Lunatic asylums Central Provinces reports 1874-1885 - 1874-1885
Year: 1874
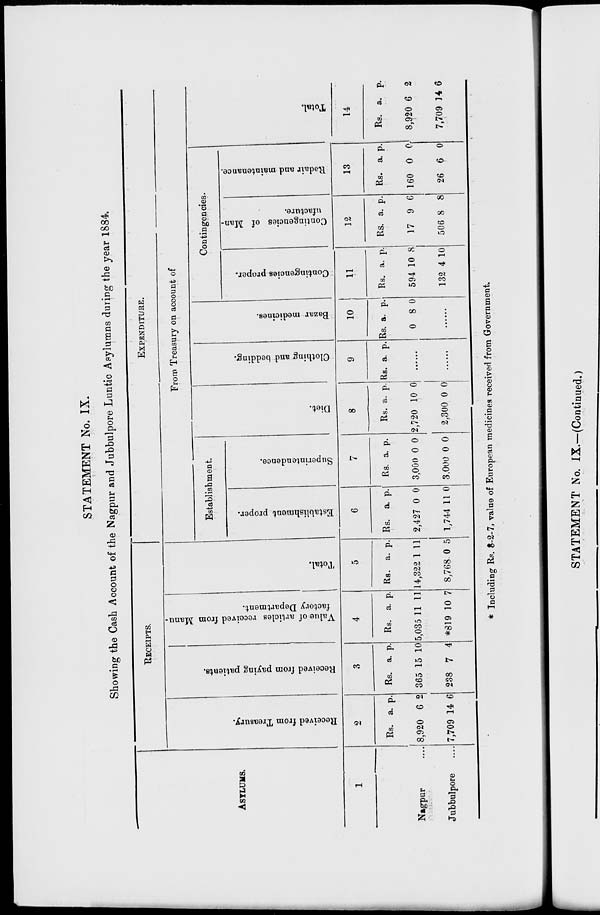
STATEMENT No. IX.
Showing the Cash Account of the Nagpur and Jubbulpore Luntic Asylumns during the year 1884.
ASYLUMS.
1
Nagpur ...
Jubbulpore ...
RECEIPTS.
Received from Treasury.
2
Rs.
8,920
7,709
a.
6
14
p.
2
6
Received from paying patients.
3
Rs.
365
238
a.
15
7
p.
10
4
Value of articles received from Manu-
factory Department.
4
Rs.
5,035
*819
a.
11
10
p.
11
7
Total.
5
Rs.
14,322
8,768
a.
1
0
p.
11
5
EXPENDITURE.
From Treasury on account of
Establishment.
Establishment proper.
6
Rs.
2,427
1,744
a.
0
11
p.
0
0
Superintendence.
7
Rs.
3,000
3,000
a.
0
0
p.
0
0
Diet.
8
Rs.
2,720
2,300
a.
10
0
p.
0
0
Clothing and bedding.
9
Rs. a. p.
......
......
Bazar medicines.
10
Rs.
0
a.
8
p.
0
......
Contingencies.
Contingencies proper.
11
Rs.
594
132
a.
10
4
p.
8
10
Contingencies of Man-
ufacture.
12
Rs.
17
506
a.
9
8
p.
6
8
Repair
and maintenance.
13
Rs.
160
26
a.
0
6
p.
0
0
Total.
14
Rs.
8,920
7,709
a.
6
14
p.
2
6
* Including Rs. 8-2-7, value of European medicines received from Government.